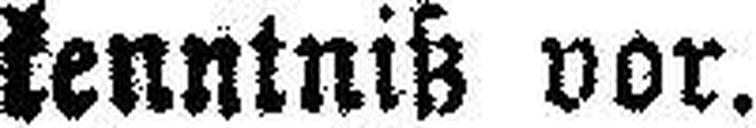
kenntniß vor.